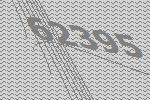
62395